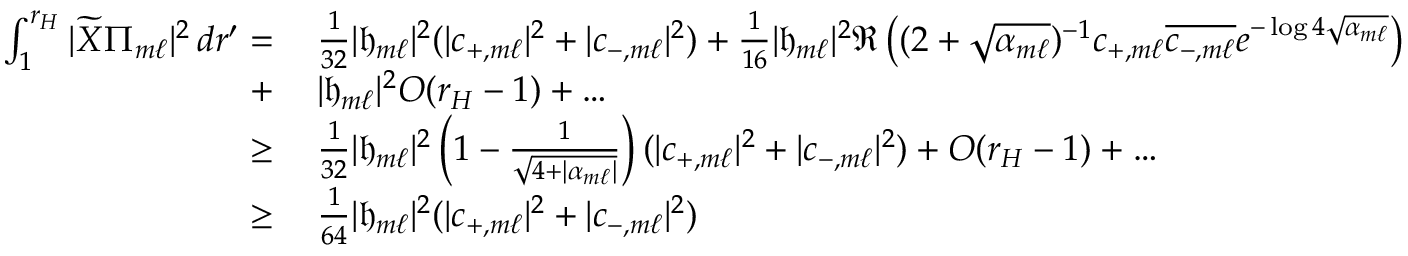
\begin{array} { r l } { \int _ { 1 } ^ { r _ { H } } | \widetilde { X } \Pi _ { m \ell } | ^ { 2 } \, d r ^ { \prime } = } & { \: \frac { 1 } { 3 2 } | { \mathfrak { h } } _ { m \ell } | ^ { 2 } ( | c _ { + , m \ell } | ^ { 2 } + | c _ { - , m \ell } | ^ { 2 } ) + \frac { 1 } { 1 6 } | { \mathfrak { h } } _ { m \ell } | ^ { 2 } \Re \left( ( 2 + \sqrt { \alpha _ { m \ell } } ) ^ { - 1 } c _ { + , m \ell } \overline { { c _ { - , m \ell } } } e ^ { - \log 4 \sqrt { \alpha _ { m \ell } } } \right) } \\ { + } & { \: | { \mathfrak { h } } _ { m \ell } | ^ { 2 } O ( r _ { H } - 1 ) + \ldots } \\ { \geq } & { \: \frac { 1 } { 3 2 } | { \mathfrak { h } } _ { m \ell } | ^ { 2 } \left( 1 - \frac { 1 } { \sqrt { 4 + | \alpha _ { m \ell } | } } \right) ( | c _ { + , m \ell } | ^ { 2 } + | c _ { - , m \ell } | ^ { 2 } ) + O ( r _ { H } - 1 ) + \ldots } \\ { \geq } & { \: \frac { 1 } { 6 4 } | { \mathfrak { h } } _ { m \ell } | ^ { 2 } ( | c _ { + , m \ell } | ^ { 2 } + | c _ { - , m \ell } | ^ { 2 } ) } \end{array}